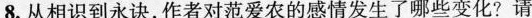
8.从相识到永诀，作者对范爱农的感情发生了哪此变化?请